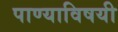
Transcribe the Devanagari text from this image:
पाण्याविषयी